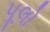
પૂલો